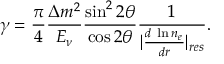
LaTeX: \gamma = \frac { \pi } { 4 } \frac { \Delta m ^ { 2 } } { E _ { \nu } } \frac { \sin ^ { 2 } 2 \theta } { \cos 2 \theta } \frac { 1 } { | \frac { d \; \ln n _ { e } } { d r } | _ { r e s } } .